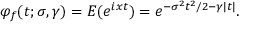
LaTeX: \varphi _ { f } ( t ; \sigma , \gamma ) = E ( e ^ { i x t } ) = e ^ { - \sigma ^ { 2 } t ^ { 2 } / 2 - \gamma | t | } .